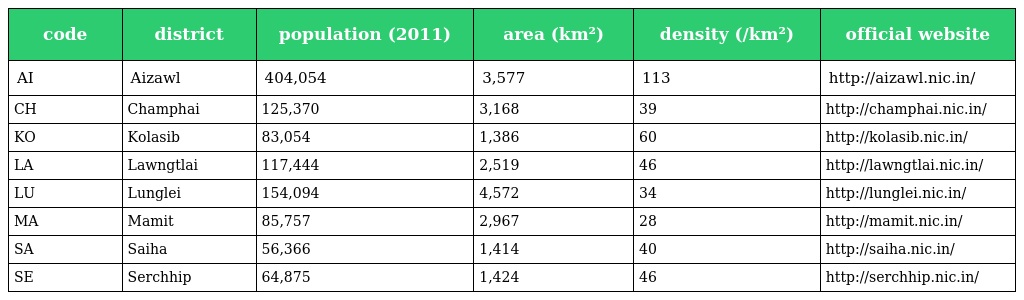
| code | district | population (2011) | area (km²) | density (/km²) | official website |
 | --- | --- | --- | --- | --- | --- |
 | AI | Aizawl | 404,054 | 3,577 | 113 | http://aizawl.nic.in/ |
 | CH | Champhai | 125,370 | 3,168 | 39 | http://champhai.nic.in/ |
 | KO | Kolasib | 83,054 | 1,386 | 60 | http://kolasib.nic.in/ |
 | LA | Lawngtlai | 117,444 | 2,519 | 46 | http://lawngtlai.nic.in/ |
 | LU | Lunglei | 154,094 | 4,572 | 34 | http://lunglei.nic.in/ |
 | MA | Mamit | 85,757 | 2,967 | 28 | http://mamit.nic.in/ |
 | SA | Saiha | 56,366 | 1,414 | 40 | http://saiha.nic.in/ |
 | SE | Serchhip | 64,875 | 1,424 | 46 | http://serchhip.nic.in/ |